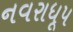
નવરાધૂપ